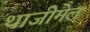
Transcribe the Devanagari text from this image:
थाजीमेल